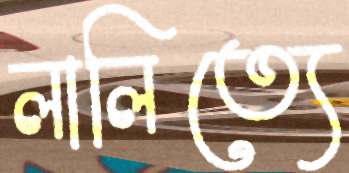
লালিত্যে